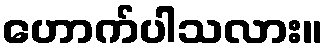
ဟောက်ပါသလား။